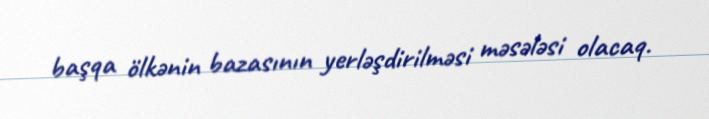
başqa ölkənin bazasının yerləşdirilməsi məsələsi olacaq.